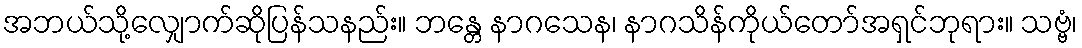
အဘယ်သို့လျှောက်ဆိုပြန်သနည်း။ ဘန္တေ နာဂသေန၊ နာဂသိန်ကိုယ်တော်အရှင်ဘုရား။ သဗ္ဗံ၊